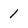
Character: 1